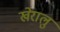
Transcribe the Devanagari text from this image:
खेरालु